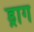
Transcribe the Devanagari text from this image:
ड्राग